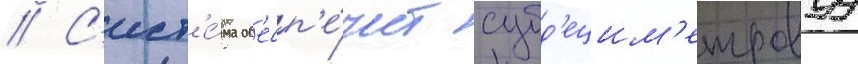
// С'ист'е́ма об'есп'е́чит субд'ецим'етровуу